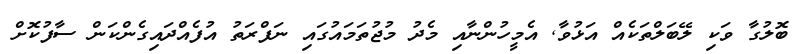
ބޮލުގާ ވަކި ލޭބަލްތަކެއް އަޅުވާ